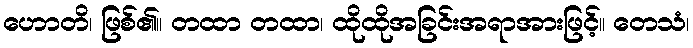
ဟောတိ၊ ဖြစ်၏။ တထာ တထာ၊ ထိုထိုအခြင်းအရာအားဖြင့်။ တေသံ၊